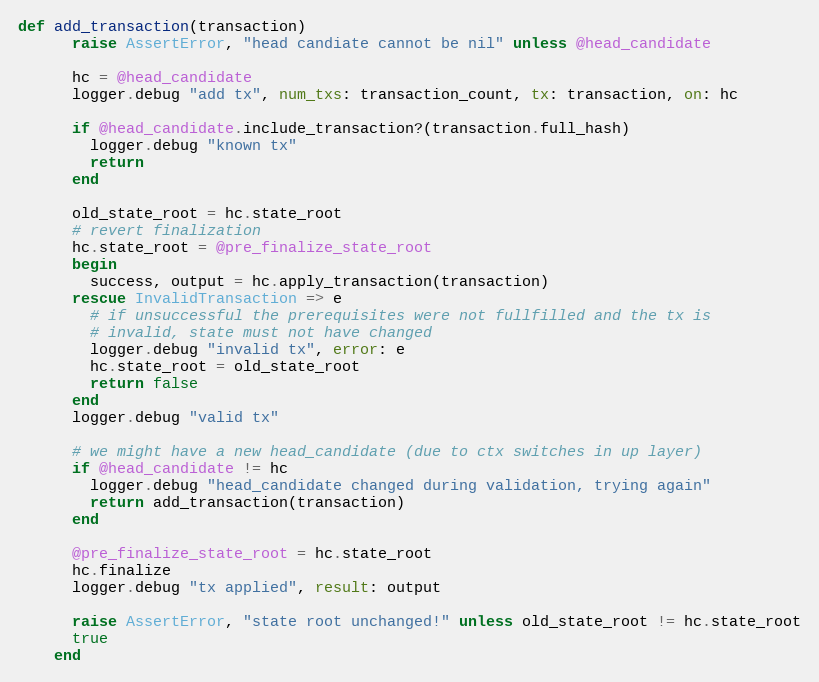
Language: Ruby
def add_transaction(transaction)
      raise AssertError, "head candiate cannot be nil" unless @head_candidate

      hc = @head_candidate
      logger.debug "add tx", num_txs: transaction_count, tx: transaction, on: hc

      if @head_candidate.include_transaction?(transaction.full_hash)
        logger.debug "known tx"
        return
      end

      old_state_root = hc.state_root
      # revert finalization
      hc.state_root = @pre_finalize_state_root
      begin
        success, output = hc.apply_transaction(transaction)
      rescue InvalidTransaction => e
        # if unsuccessful the prerequisites were not fullfilled and the tx is
        # invalid, state must not have changed
        logger.debug "invalid tx", error: e
        hc.state_root = old_state_root
        return false
      end
      logger.debug "valid tx"

      # we might have a new head_candidate (due to ctx switches in up layer)
      if @head_candidate != hc
        logger.debug "head_candidate changed during validation, trying again"
        return add_transaction(transaction)
      end

      @pre_finalize_state_root = hc.state_root
      hc.finalize
      logger.debug "tx applied", result: output

      raise AssertError, "state root unchanged!" unless old_state_root != hc.state_root
      true
    end